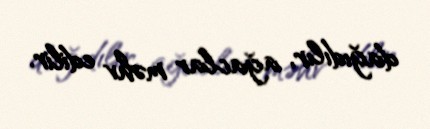
dağıdılır, ağaclar məhv edilir.